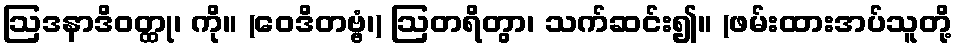
ဩဒနာဒိဝတ္ထု၊ ကို။ (ဝေဒိတဗ္ဗံ၊) ဩတရိတွာ၊ သက်ဆင်း၍။ (ဖမ်းထားအပ်သူတို့